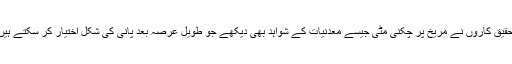
تحقیق کاروں نے مریخ پر چکنی مٹی جیسے معدنیات کے شواہد بھی دیکھے جو طویل عرصہ بعد پانی کی شکل اختیار کر سکتے ہیں۔